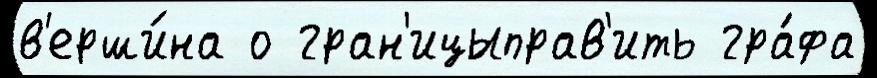
в'ерши́на о гран'ицыправ'ить гра́фа